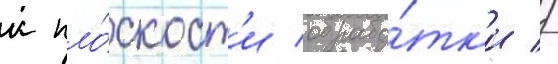
к пло́скост'и обрабо́тк'и //